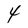
Character: 4